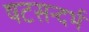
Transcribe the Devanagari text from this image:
षटसन्दर्भ